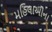
મહિલાઓના